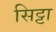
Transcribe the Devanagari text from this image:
सिट्टा